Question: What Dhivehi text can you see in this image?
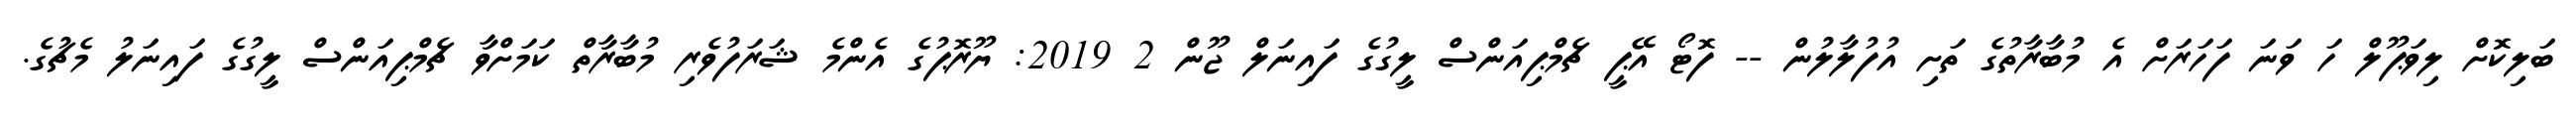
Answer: ބަލިކޮށް ލިވަޕޫލް ހަ ވަނަ ފަހަރަށް އެ މުބާރާތުގެ ތަށި އުފުލާލުން -- ފޮޓޯ އޭޕީ ޗެމްޕިއަންސް ލީގުގެ ފައިނަލް ޖޫން 2 2019: ޔޫރޮޕުގެ އެންމެ ޝަރަފުވެރި މުބާރާތް ކަމަށްވާ ޗެމްޕިއަންސް ލީގުގެ ފައިނަލު މެޗުގެ.